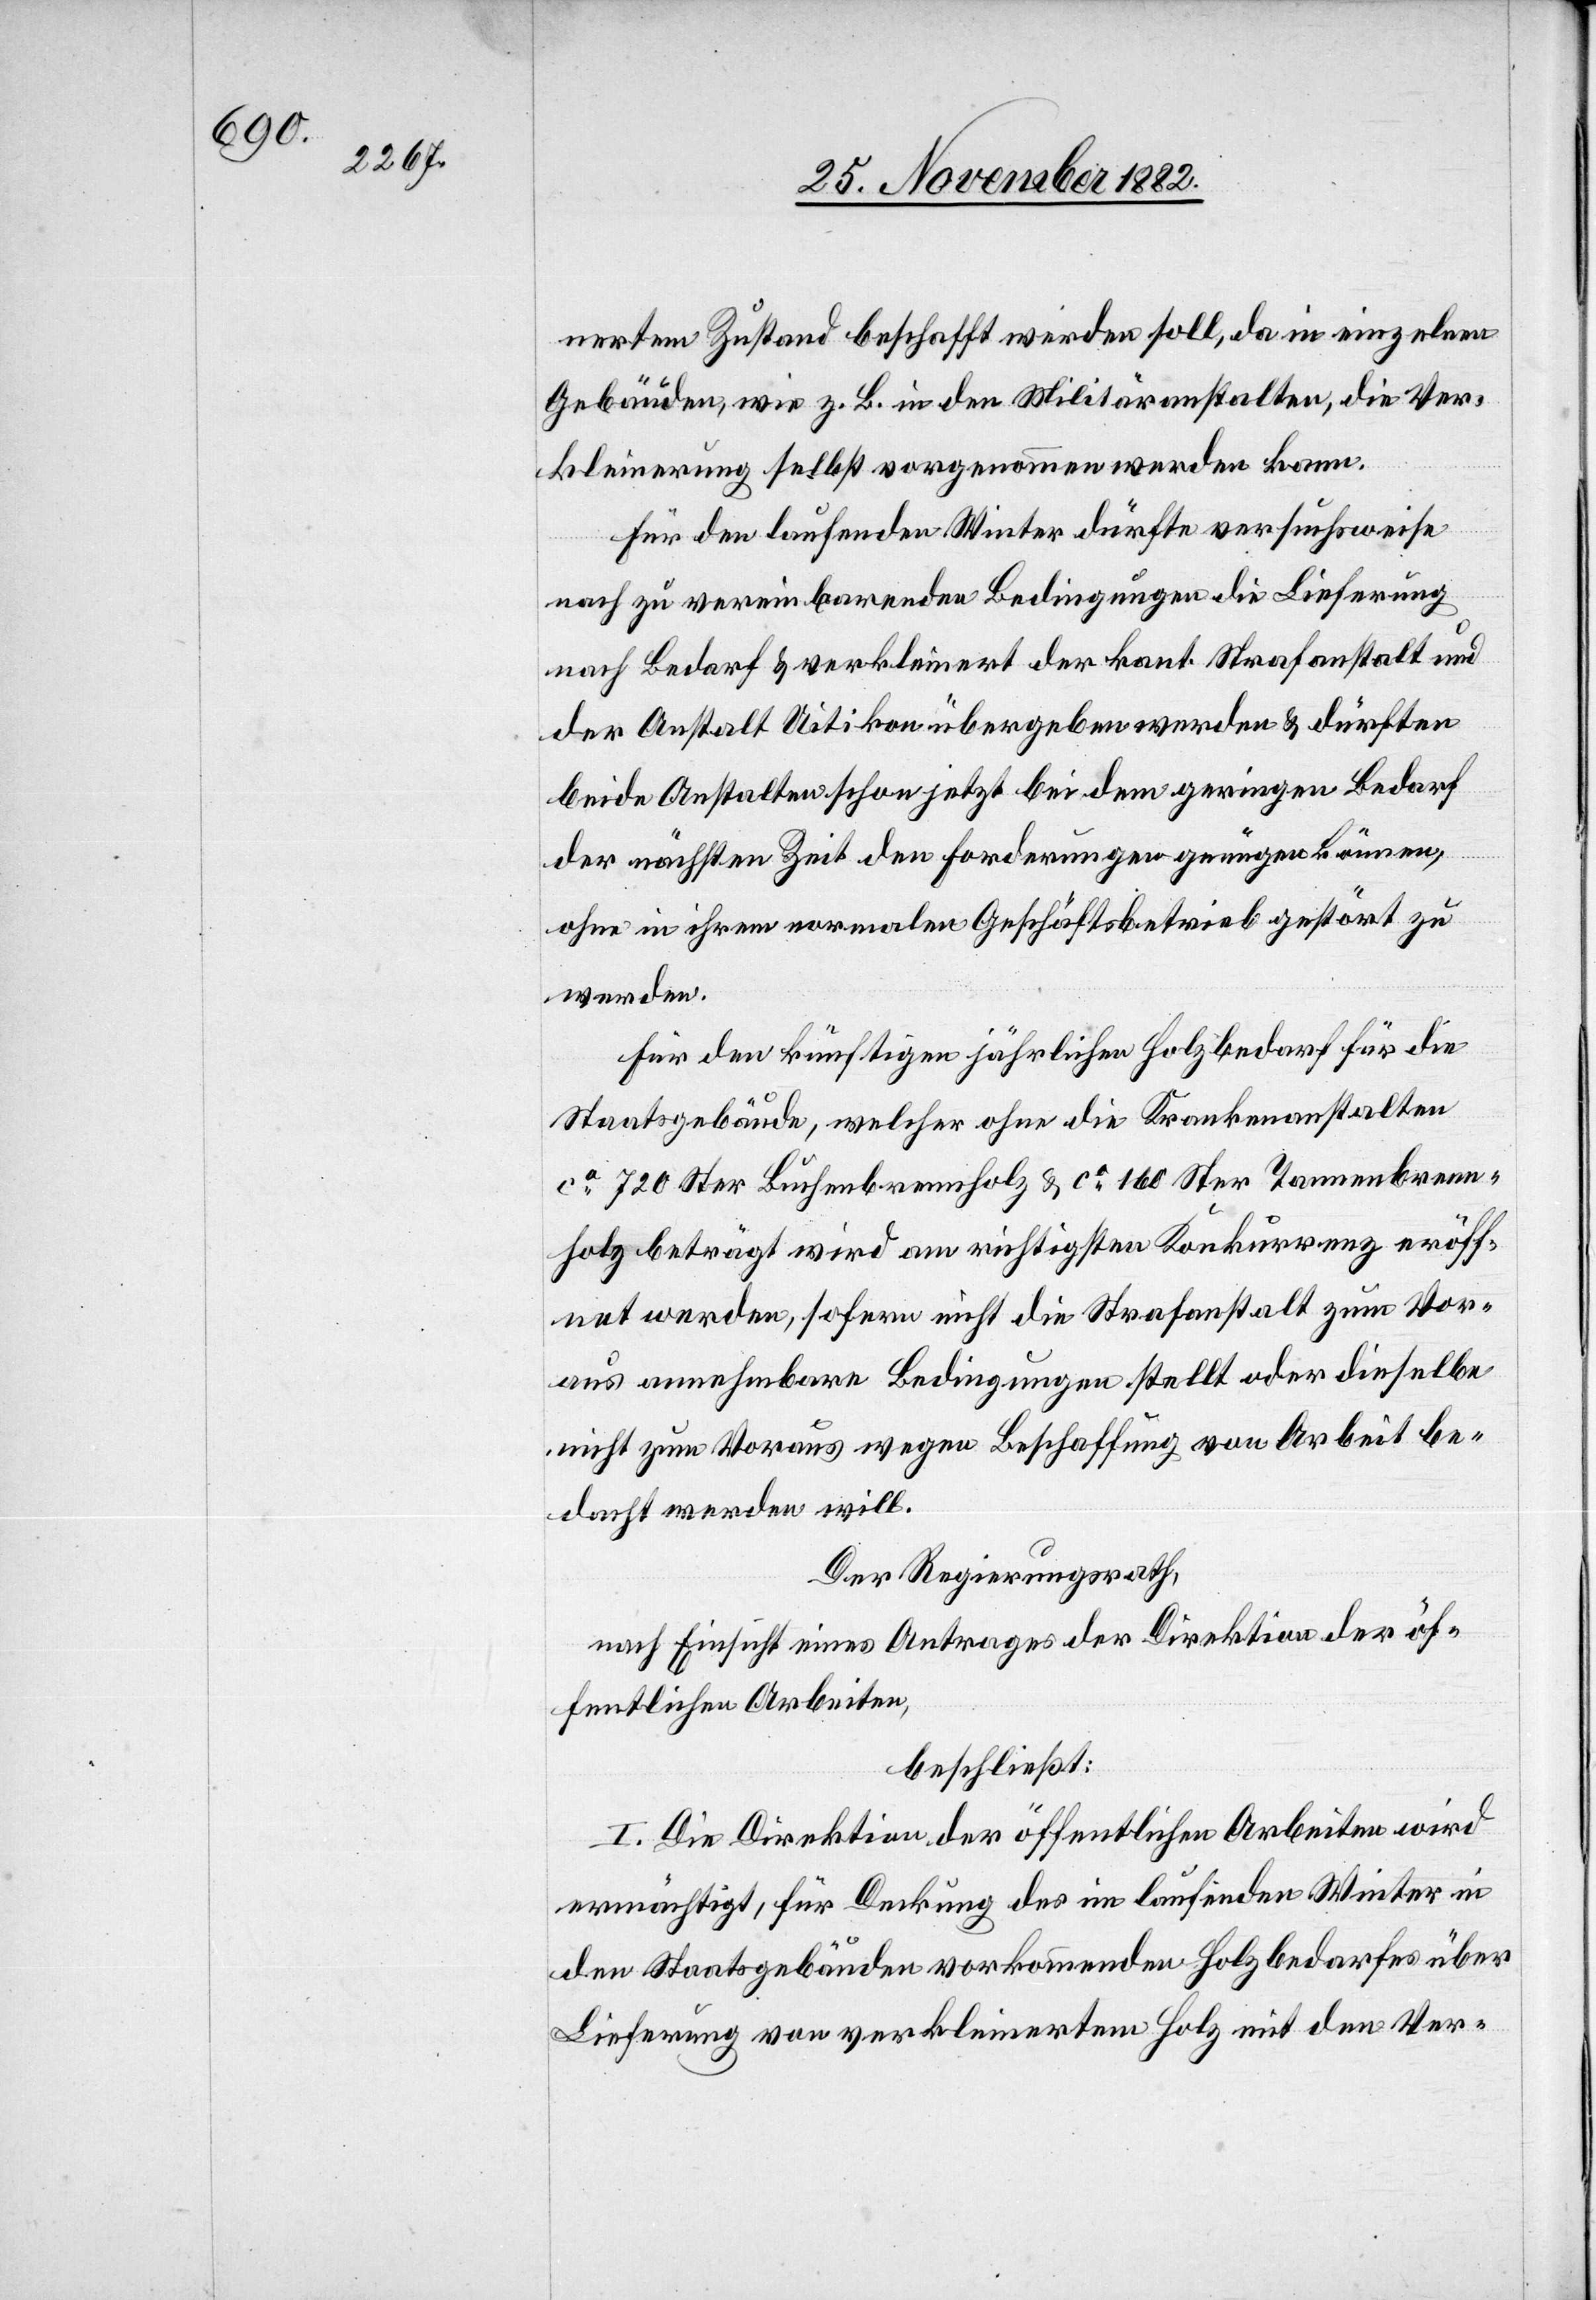
nertem Zustand beschafft werden soll, da in einzelnen
Gebäuden, wie z. B. in den Militäranstalten, die Ver¬
kleinerung selbst vorgenommen werden kann.
Für den laufenden Winter dürfte versuchsweise
nach zu vereinbarenden Bedingungen, die Lieferung
nach Bedarf & verkleinert der kant. Strafanstalt und
der Anstalt Uitikon übergeben werden & dürften
beide Anstalten schon jetzt bei dem geringen Bedarf
der nächsten Zeit den Forderungen genügen können,
ohne in ihrem normalen Geschäftsbetrieb gestört zu
werden.
Für den künftigen jährlichen Holzbedarf für die
Staatsgebäude, welcher ohne die Krankenanstalten
ca 720 Ster Buchenbrennholz & ca 160 Ster Tannenbrenn¬
holz beträgt wird am richtigsten Konkurrenz eröff¬
net werden, sofern nicht die Strafanstalt zum Vor¬
aus annehmbare Bedingungen stellt oder dieselbe
nicht zum Voraus wegen Beschaffung von Arbeit be¬
dacht werden will.
Der Regierungsrath,
nach Einsicht eines Antrages der Direktion der öf¬
fentlichen Arbeiten,
beschließt:
I. Die Direktion der öffentlichen Arbeiten wird
ermächtigt, für Deckung des im laufenden Winter in
den Staatsgebäuden vorkommenden Holzbedarfes über
Lieferung von verkleinertem Holz mit den Ver-